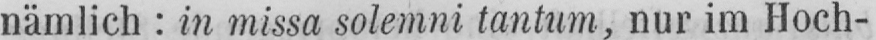
nämlich: in missa solemni tantum, nur im Hoch-